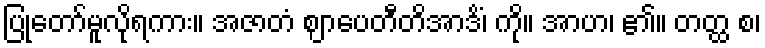
ပြုတော်မူလိုရကား။ အဇာတံ ဈာပေတီတိအာဒိံ၊ ကို။ အာဟ၊ ၏။ တတ္ထ စ၊